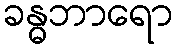
ခန္ဓဘာရော